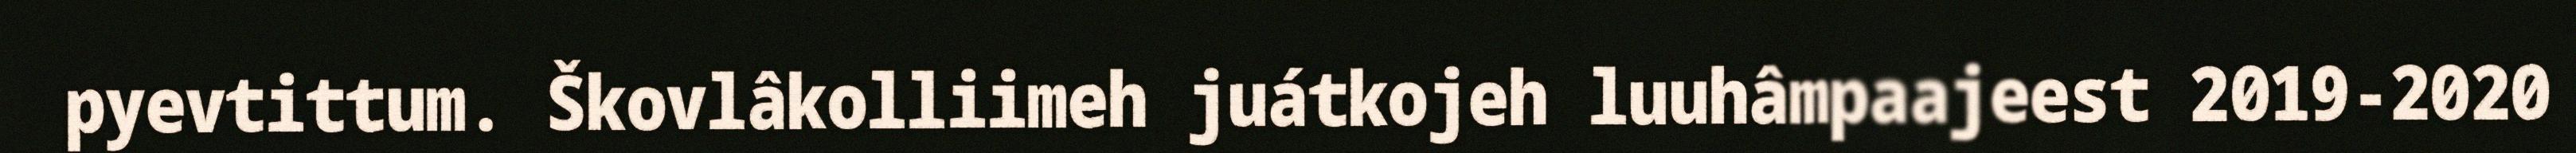
pyevtittum. Škovlâkolliimeh juátkojeh luuhâmpaajeest 2019-2020